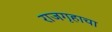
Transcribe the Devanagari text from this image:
राजगृहाचा